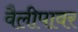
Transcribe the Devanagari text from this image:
वैलीपावर